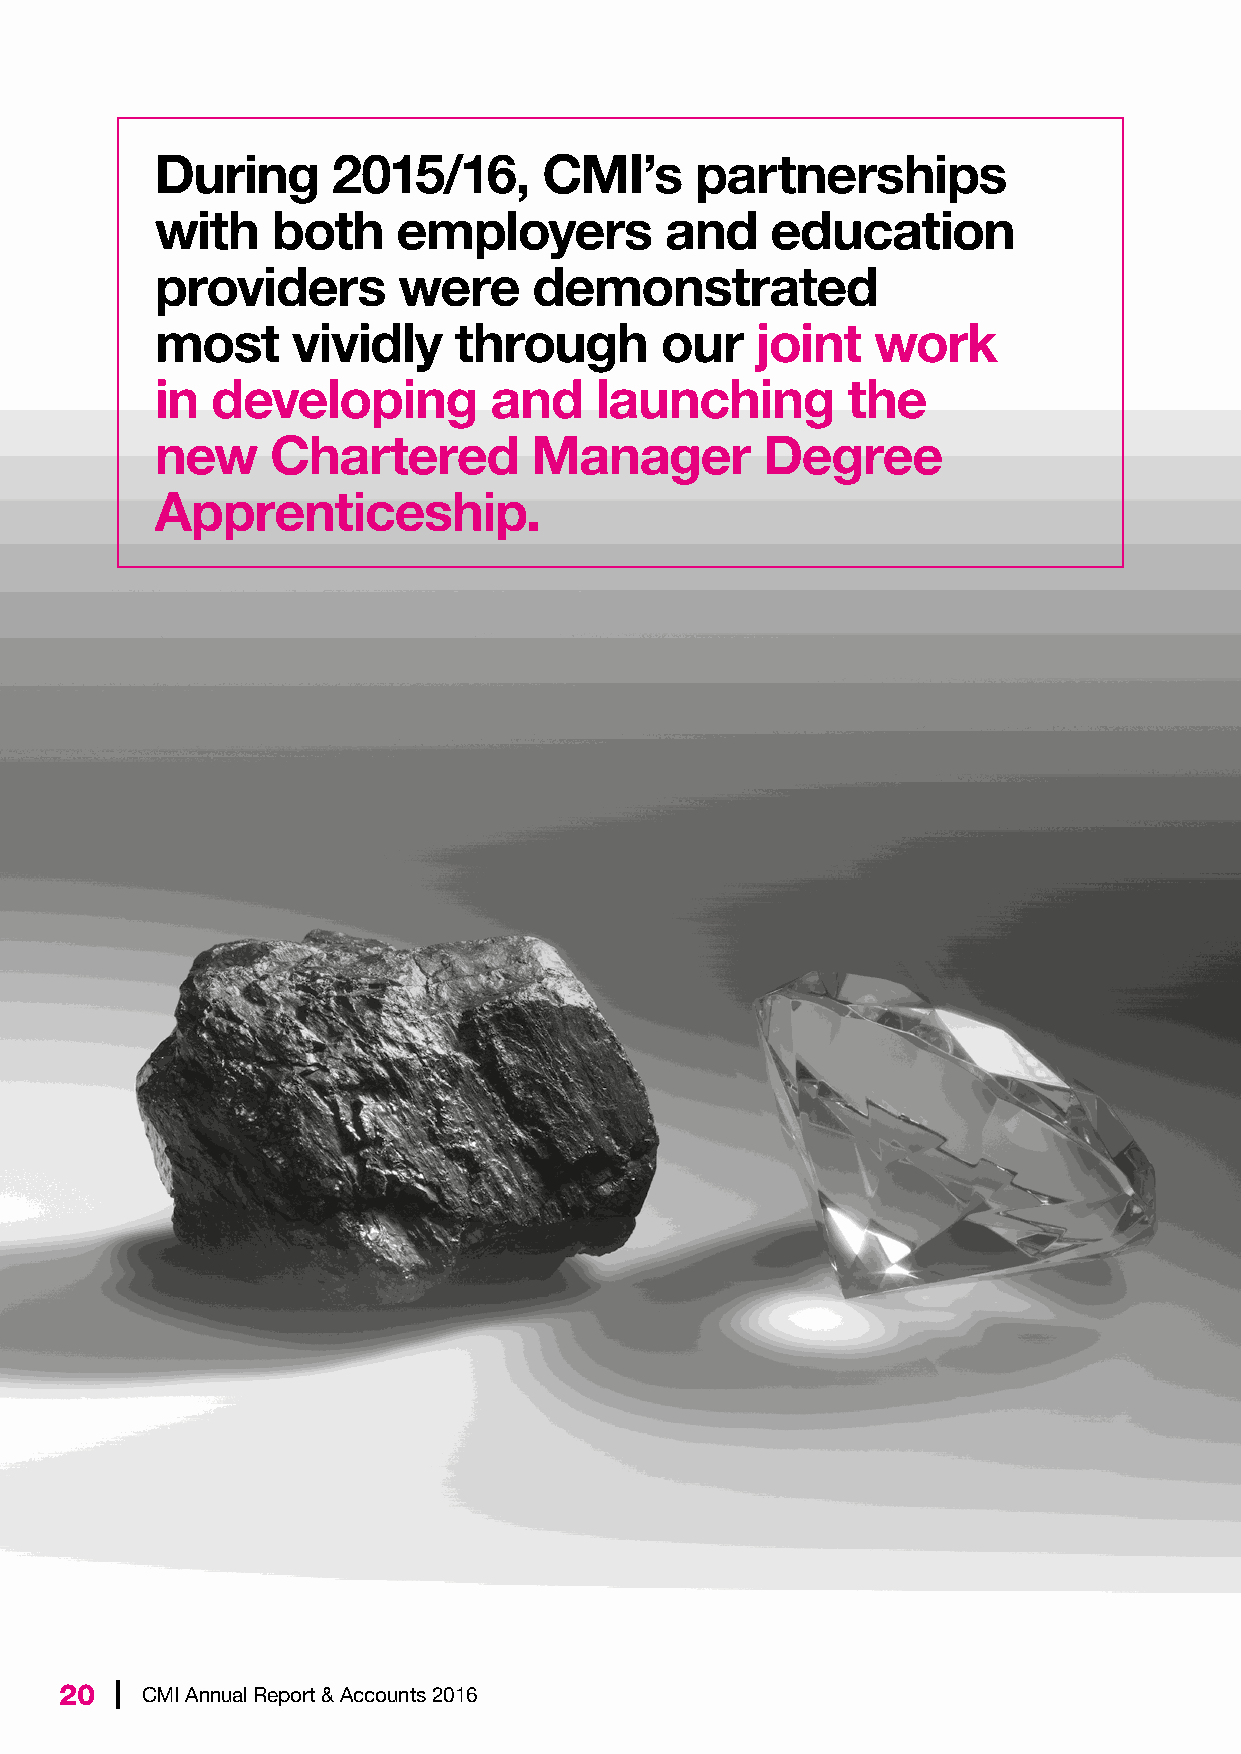
During      2015/16,      CMI’s     partnerships
 with    both    employers         and    education
 providers       were     demonstrated
 most     vividly    through       our   joint   work
 in  developing        and    launching        the
 new     Chartered        Manager        Degree
 Apprenticeship.
 20  | CMI Annual Report & Accounts 2016